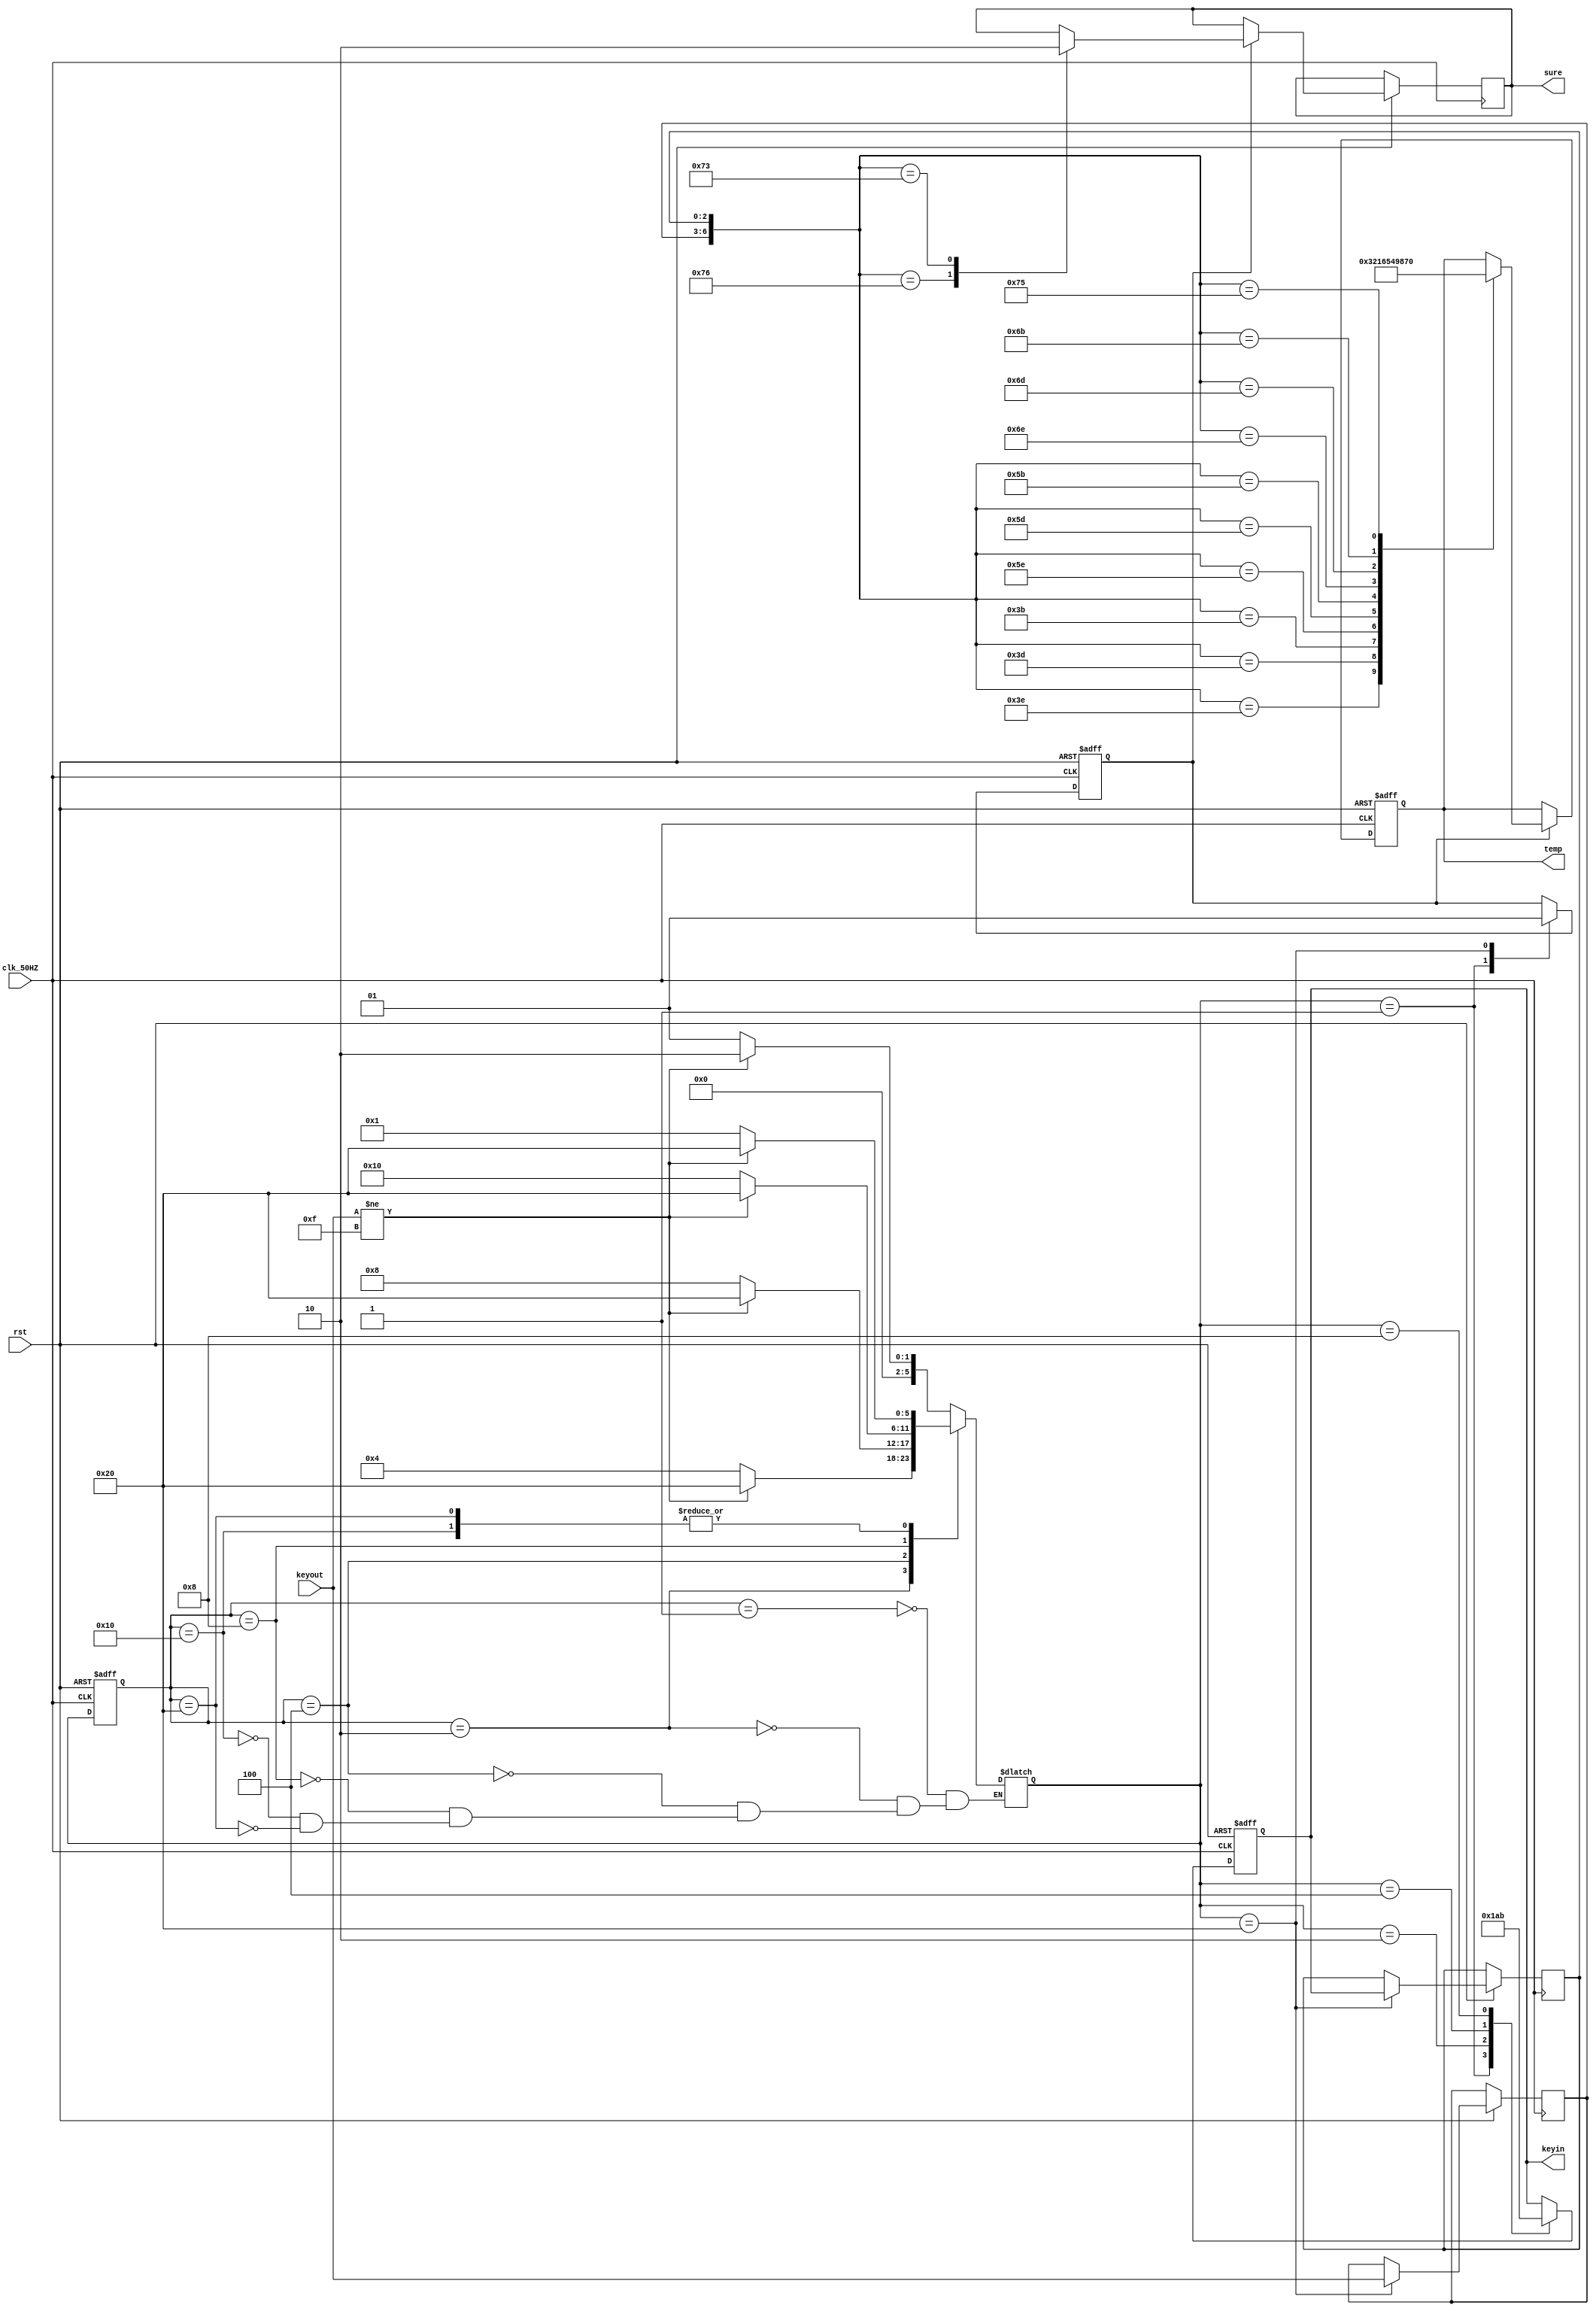
module keypad(temp, sure, keyin, keyout, clk_50HZ, rst);

parameter NO_KEY_PRESSED = 6'b000_001;  
parameter SCAN0          = 6'b000_010;  
parameter SCAN1              = 6'b000_100;  
parameter SCAN2          = 6'b001_000;  
parameter SCAN3          = 6'b010_000;  
parameter KEY_PRESSED    = 6'b100_000;  

input [3:0]keyout;
input clk_50HZ, rst;
output reg sure;
output reg [3:0]temp;
output reg [2:0]keyin; 

reg [5:0] current_state, next_state;    
always@(posedge clk_50HZ or negedge rst)
  if (!rst)
    current_state <= NO_KEY_PRESSED;
  else
    current_state <= next_state;
     
//????
always@(*)
  case(current_state)
    NO_KEY_PRESSED:                // ??????
        if(keyout != 4'hF)
          next_state <= SCAN0;
        else
          next_state <= NO_KEY_PRESSED;
    SCAN0:                         // ???0? 
        if(keyout != 4'hF)
          next_state <= KEY_PRESSED;
        else
          next_state <= SCAN1;
    SCAN1:                         // ???1? 
        if(keyout != 4'hF)
          next_state <= KEY_PRESSED;
        else
          next_state <= SCAN2;    
    SCAN2:                         // ???2?
        if(keyout != 4'hF)
          next_state <= KEY_PRESSED;
        else
          next_state <= SCAN3;
    SCAN3:                         // ???3?
        if(keyout != 4'hF)
          next_state <= KEY_PRESSED;
        else
          next_state <= NO_KEY_PRESSED;
    KEY_PRESSED:                   // ?????
        if(keyout != 4'hF)
          next_state <= KEY_PRESSED;
        else
          next_state <= NO_KEY_PRESSED;                      
  endcase
 
reg key_pressed_flag;   
        
reg [2:0]in_val;
reg [3:0]out_val; 
always@(posedge clk_50HZ or negedge rst)
    if(!rst)
        begin
            keyin            <= 3'h0;
            key_pressed_flag <=    0;
        end
    else
        case(next_state)
            NO_KEY_PRESSED :                // ??????
                begin
                    keyin            <= 3'h0;
                    key_pressed_flag <=    0;   // ???????
                end
            SCAN0 :                         // ???0?
                keyin <= 3'b110;
            SCAN1 :                         // ???1?
                keyin <= 3'b101;
            SCAN2 :                         // ???2?
                keyin <= 3'b011;
            KEY_PRESSED :                   // ?????
                begin
                    in_val              <= keyin;   // ????
                    out_val             <= keyout;  // ????
                    key_pressed_flag    <= 1;      // ???????  
                end
        endcase

always@(posedge clk_50HZ or negedge rst)
begin 
    if (!rst) 
        temp <= 4'd0;
    else
    begin
        if (key_pressed_flag)
            case({out_val, in_val})
                8'b0111_110 : temp <= 4'd3;
                8'b0111_101 : temp <= 4'd2;
                8'b0111_011 : temp <= 4'd1;
        
                8'b1011_110 : temp <= 4'd6;
                8'b1011_101 : temp <= 4'd5;
                8'b1011_011 : temp <= 4'd4;
        
                8'b1101_110 : temp <= 4'd9;
                8'b1101_101 : temp <= 4'd8;
                8'b1101_011 : temp <= 4'd7;
        
                8'b1110_110 : sure <= 1'd1; 
                8'b1110_101 : temp <= 4'd0;
                8'b1110_011 : sure <= 1'd0;
                //default: temp <= 4'd0;
            endcase
    end 
end

endmodule